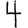
Digit: 4